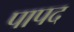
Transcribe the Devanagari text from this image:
पापद